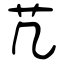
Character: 芁